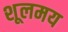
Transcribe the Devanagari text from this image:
शूलमय